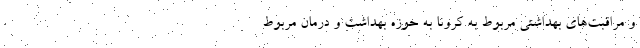
و مراقبت‌های بهداشتی مربوط به کرونا به حوزه بهداشت و درمان مربوط